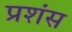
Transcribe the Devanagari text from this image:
प्रशंस